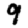
Digit: 9